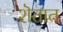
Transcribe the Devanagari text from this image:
शॆतात